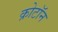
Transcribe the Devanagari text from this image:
क्रोटॉन